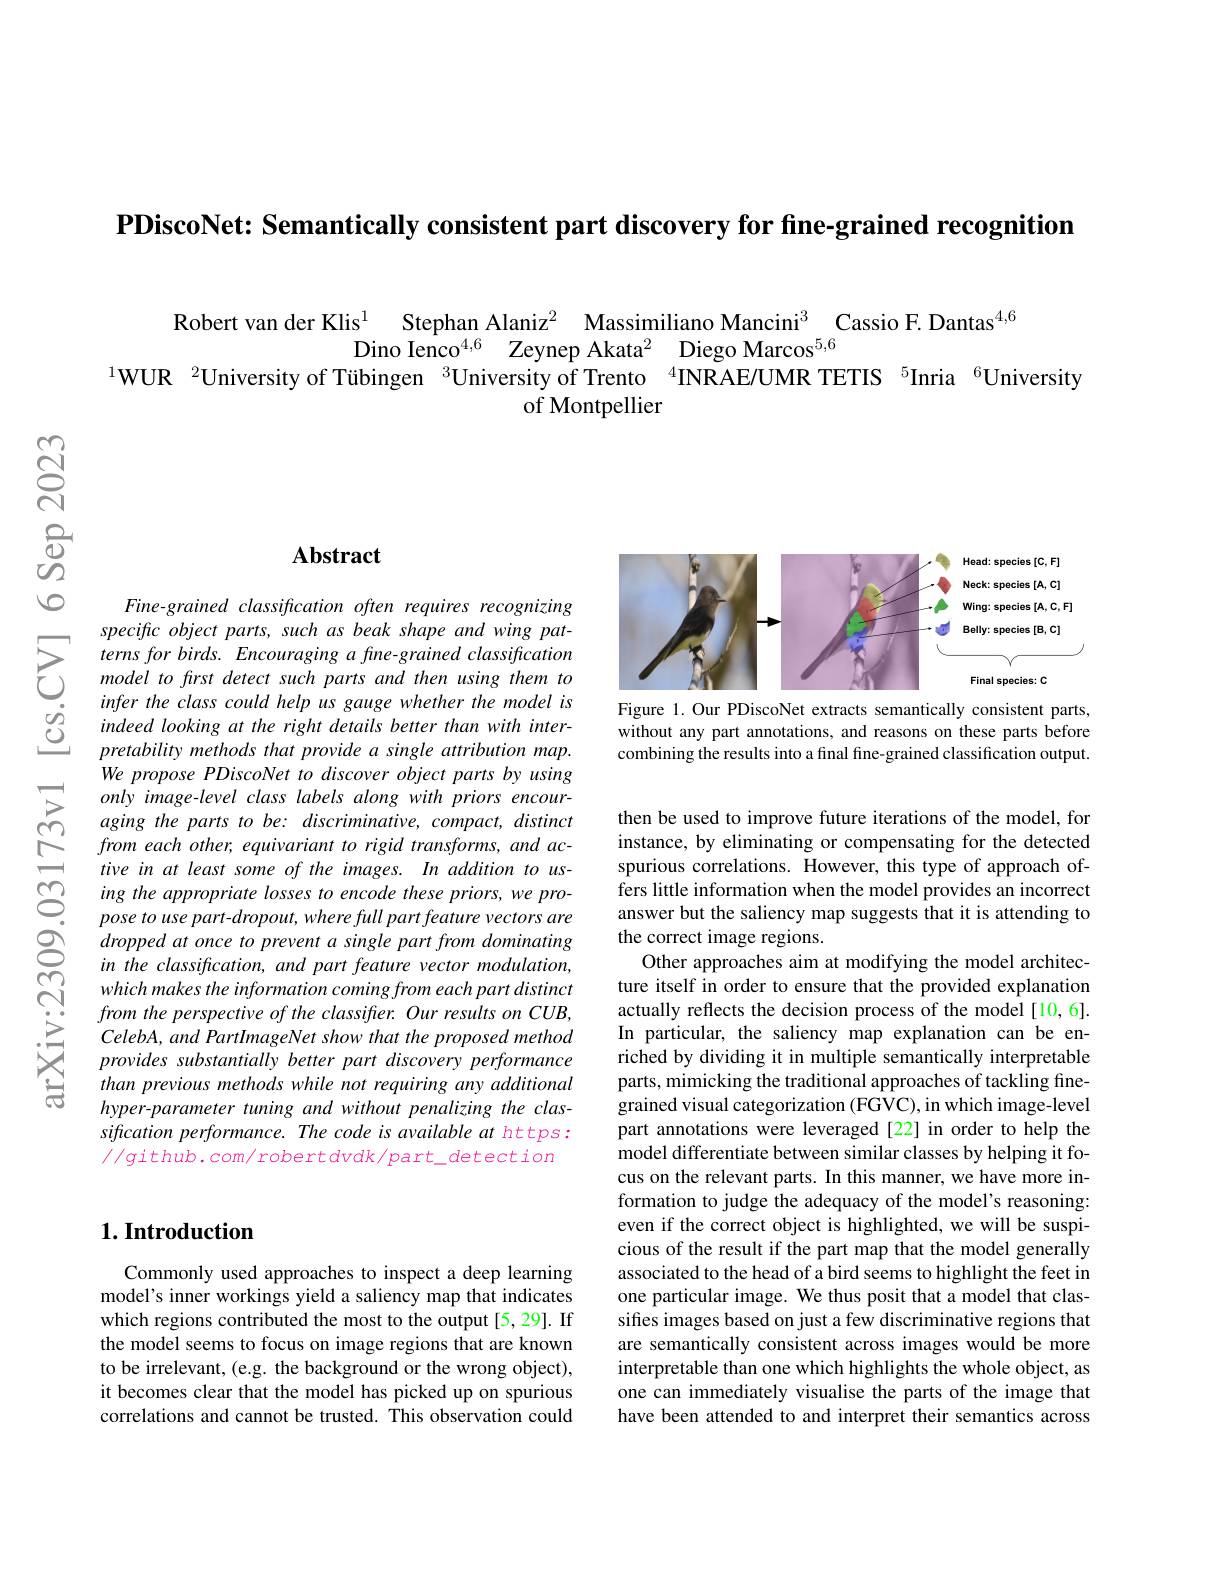
$\textbf{PDiscoNet: Semantically consistent part discovery for fine- grained recognition}$

Robert van der Klis$^{1}$ Stephan Alaniz$^{2}$ Massimiliano Mancini$^{3}$ Cassio F.Dantas$^{4,6}$
$\dot{\text{Dino Ienco}^{4, 6}}$ Zeynep Akata$^2$ Diego Marcos$^5,6$
$^{1}$WUR $^2\text{Universityof Tübingen}^{3}$University of Trento $^{4}$INRAE/UMR TETIS $^{5}$Inria $^{6}$University
of Montpellier

## Abstract

Fine-grained classification often requires recognizing speciftcobject parts, such as beak shape and wing pat-
indeed looking at the right details better than with interpretability methods that provide a single attribution map. We propose PDiscoNet to discover object parts by using only image-level class labels along with priors encouraging the parts to be: discriminative, compact, distinct from each other, equivariant to rigid transforms, and active in at least some of the images. In addition to using the appropriate losses to encode these priors, we propose to use part- dropout, where full part feature vectors are dropped at once to prevent a single part from dominating in the classification, and part feature vector modulation, which makes the information coming from each part distinct from the perspective of the classifter. Our results on CUB, $CelebA, and\textit{PartImageNet show that the proposed method}$ provides substantially better part discovery performance than previous methods while not requiring any additional hyper-parameter tuning and without penalizing the classification performance. The code is available at https: $//g$ithub.com/robertdvdk/part\_detection

<FigureHere>

Figure 1. Our PDiscoNet extracts semantically consistent parts, without any part annotations, and reasons on these parts before combining the results into a final fine-grained classification output.

then be used to improve future iterations of the model, for instance, by eliminating or compensating for the detected spurious correlations. However, this type of approach offers little information when the model provides an incorrect answer but the saliency map suggests that it is attending to the correct image regions.
Other approaches aim at modifying the model architecture itself in order to ensure that the provided explanation actually reflects the decision process of the model[10,6]. In particular, the saliency map explanation can be enriched by dividing it in multiple semantically interpretable parts, mimicking the traditional approaches of tackling finegrained visual categorization (FGVC), in which image-level part annotations were leveraged [22] in order to help the model differentiate between similar classes by helping it focus on the relevant parts. In this manner, we have more information to judge the adequacy of the model's reasoning: even if the correct object is highlighted, we will be suspicious of the result if the part map that the model generally associated to the head of a bird seems to highlight the feet in one particular image. We thus posit that a model that classifes images based on just a few discriminative regions that are semantically consistent across images would be more interpretable than one which highlights the whole object, as one can immediately visualise the parts of the image that have been attended to and interpret their semantics across

### $1. \textbf{Introduction}$

Commonly used approaches to inspect a deep learning model's inner workings yield a saliency map that indicates which regions contributed the most to the output[5,29]. If the model seems to focus on image regions that are known to be irrelevant, (e.g. the background or the wrong object), it becomes clear that the model has picked up on spurious correlations and cannot be trusted. This observation could